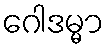
ဂေါဒမ္မာ